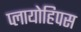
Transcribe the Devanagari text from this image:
प्लायोहिपस